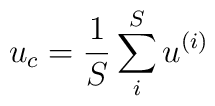
u_c=\frac 1S\sum\limits_i^Su^{(i)}